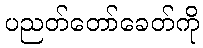
ပညတ်တော်ခေတ်ကို